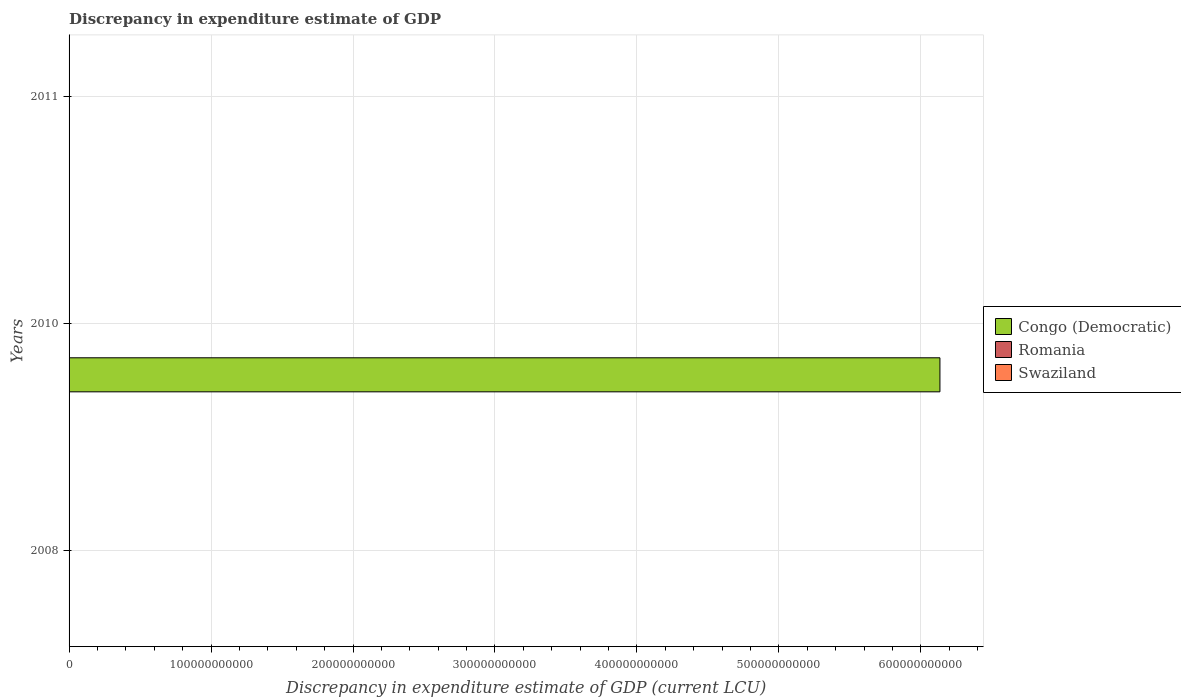
| Years | Congo (Democratic) | Romania | Swaziland |
 | --- | --- | --- | --- |
 | 2008 | 10 | -1e+05 | 1e+05 |
 | 2010 | 6.13e+11 | 1.5e-05 | -3.47e+09 |
 | 2011 | -8.72e+10 | -1.5e-05 | 4.12e+07 |